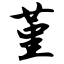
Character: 堇